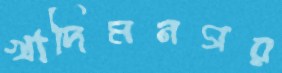
খাদিমনগর